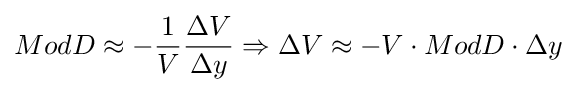
ModD\approx -{\frac {1}{V}}{\frac {\Delta V}{\Delta y}}\Rightarrow \Delta V\approx -V\cdot ModD\cdot \Delta y